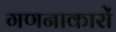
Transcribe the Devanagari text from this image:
गणनाकारों